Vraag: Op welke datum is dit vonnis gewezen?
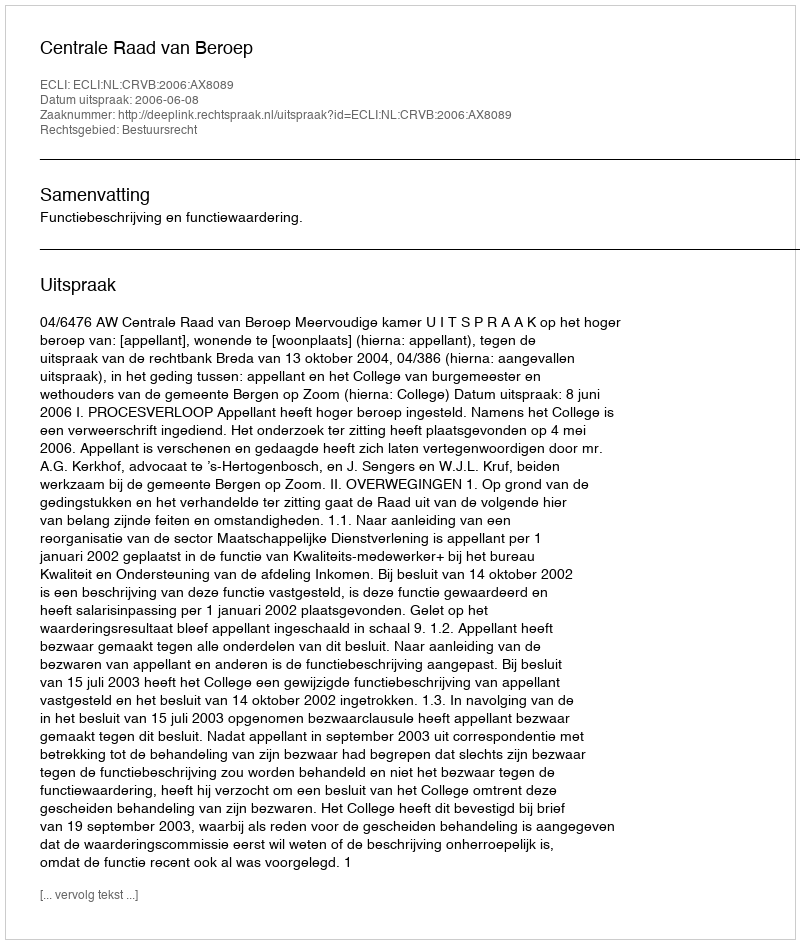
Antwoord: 2006-06-08